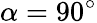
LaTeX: \alpha=90^{\circ}